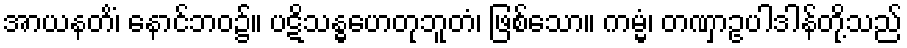
အာယနတိံ၊ နောင်ဘဝ၌။ ပဋိသန္ဓဟေတုဘူတံ၊ ဖြစ်သော။ ကမ္မံ၊ တဏှာဥပါဒါန်တို့သည်